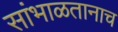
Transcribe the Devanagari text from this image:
सांभाळतानाच